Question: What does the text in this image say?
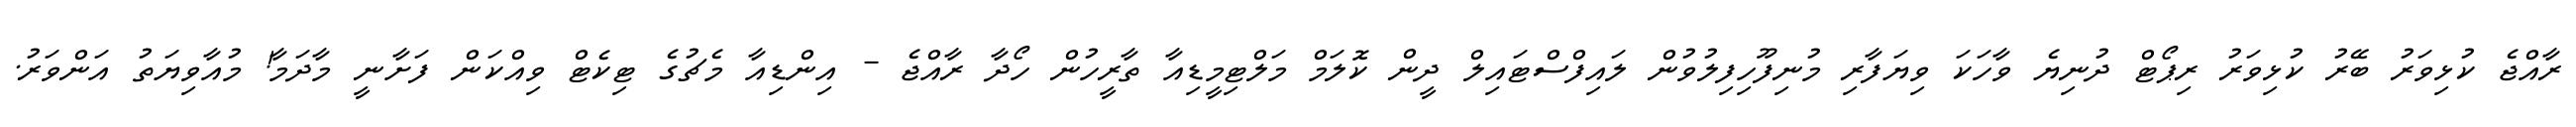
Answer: ރާއްޖެ ކުޅިވަރު ބޭރު ކުޅިވަރު ރިޕޯޓް ދުނިޔެ ވާހަކަ ވިޔަފާރި މުނިފޫހިފިލުވުން ލައިފްސްޓައިލް ދީން ކޮލަމް މަލްޓިމީޑިއާ ތާރީހުން ހޯދާ ރާއްޖެ - އިންޑިއާ މެޗުގެ ޓިކެޓް ވިއްކަން ފަށާނީ މާދަމާ! މުއާވިޔަތު އަންވަރު.